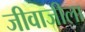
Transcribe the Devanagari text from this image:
जीवाजीला